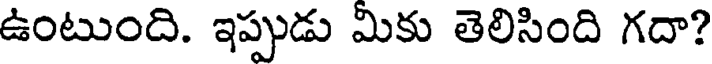
ఉంటుంది. ఇప్పుడు మికు తెలిసింది గదా?